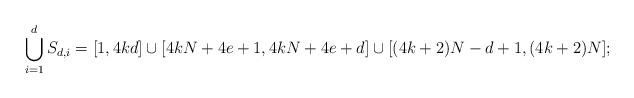
LaTeX: \begin{align*}\bigcup_{i=1}^d S_{d,i} = [1,4kd] \cup [4kN+4e+1,4kN+4e+d] \cup [(4k+2)N-d+1,(4k+2)N];\end{align*}